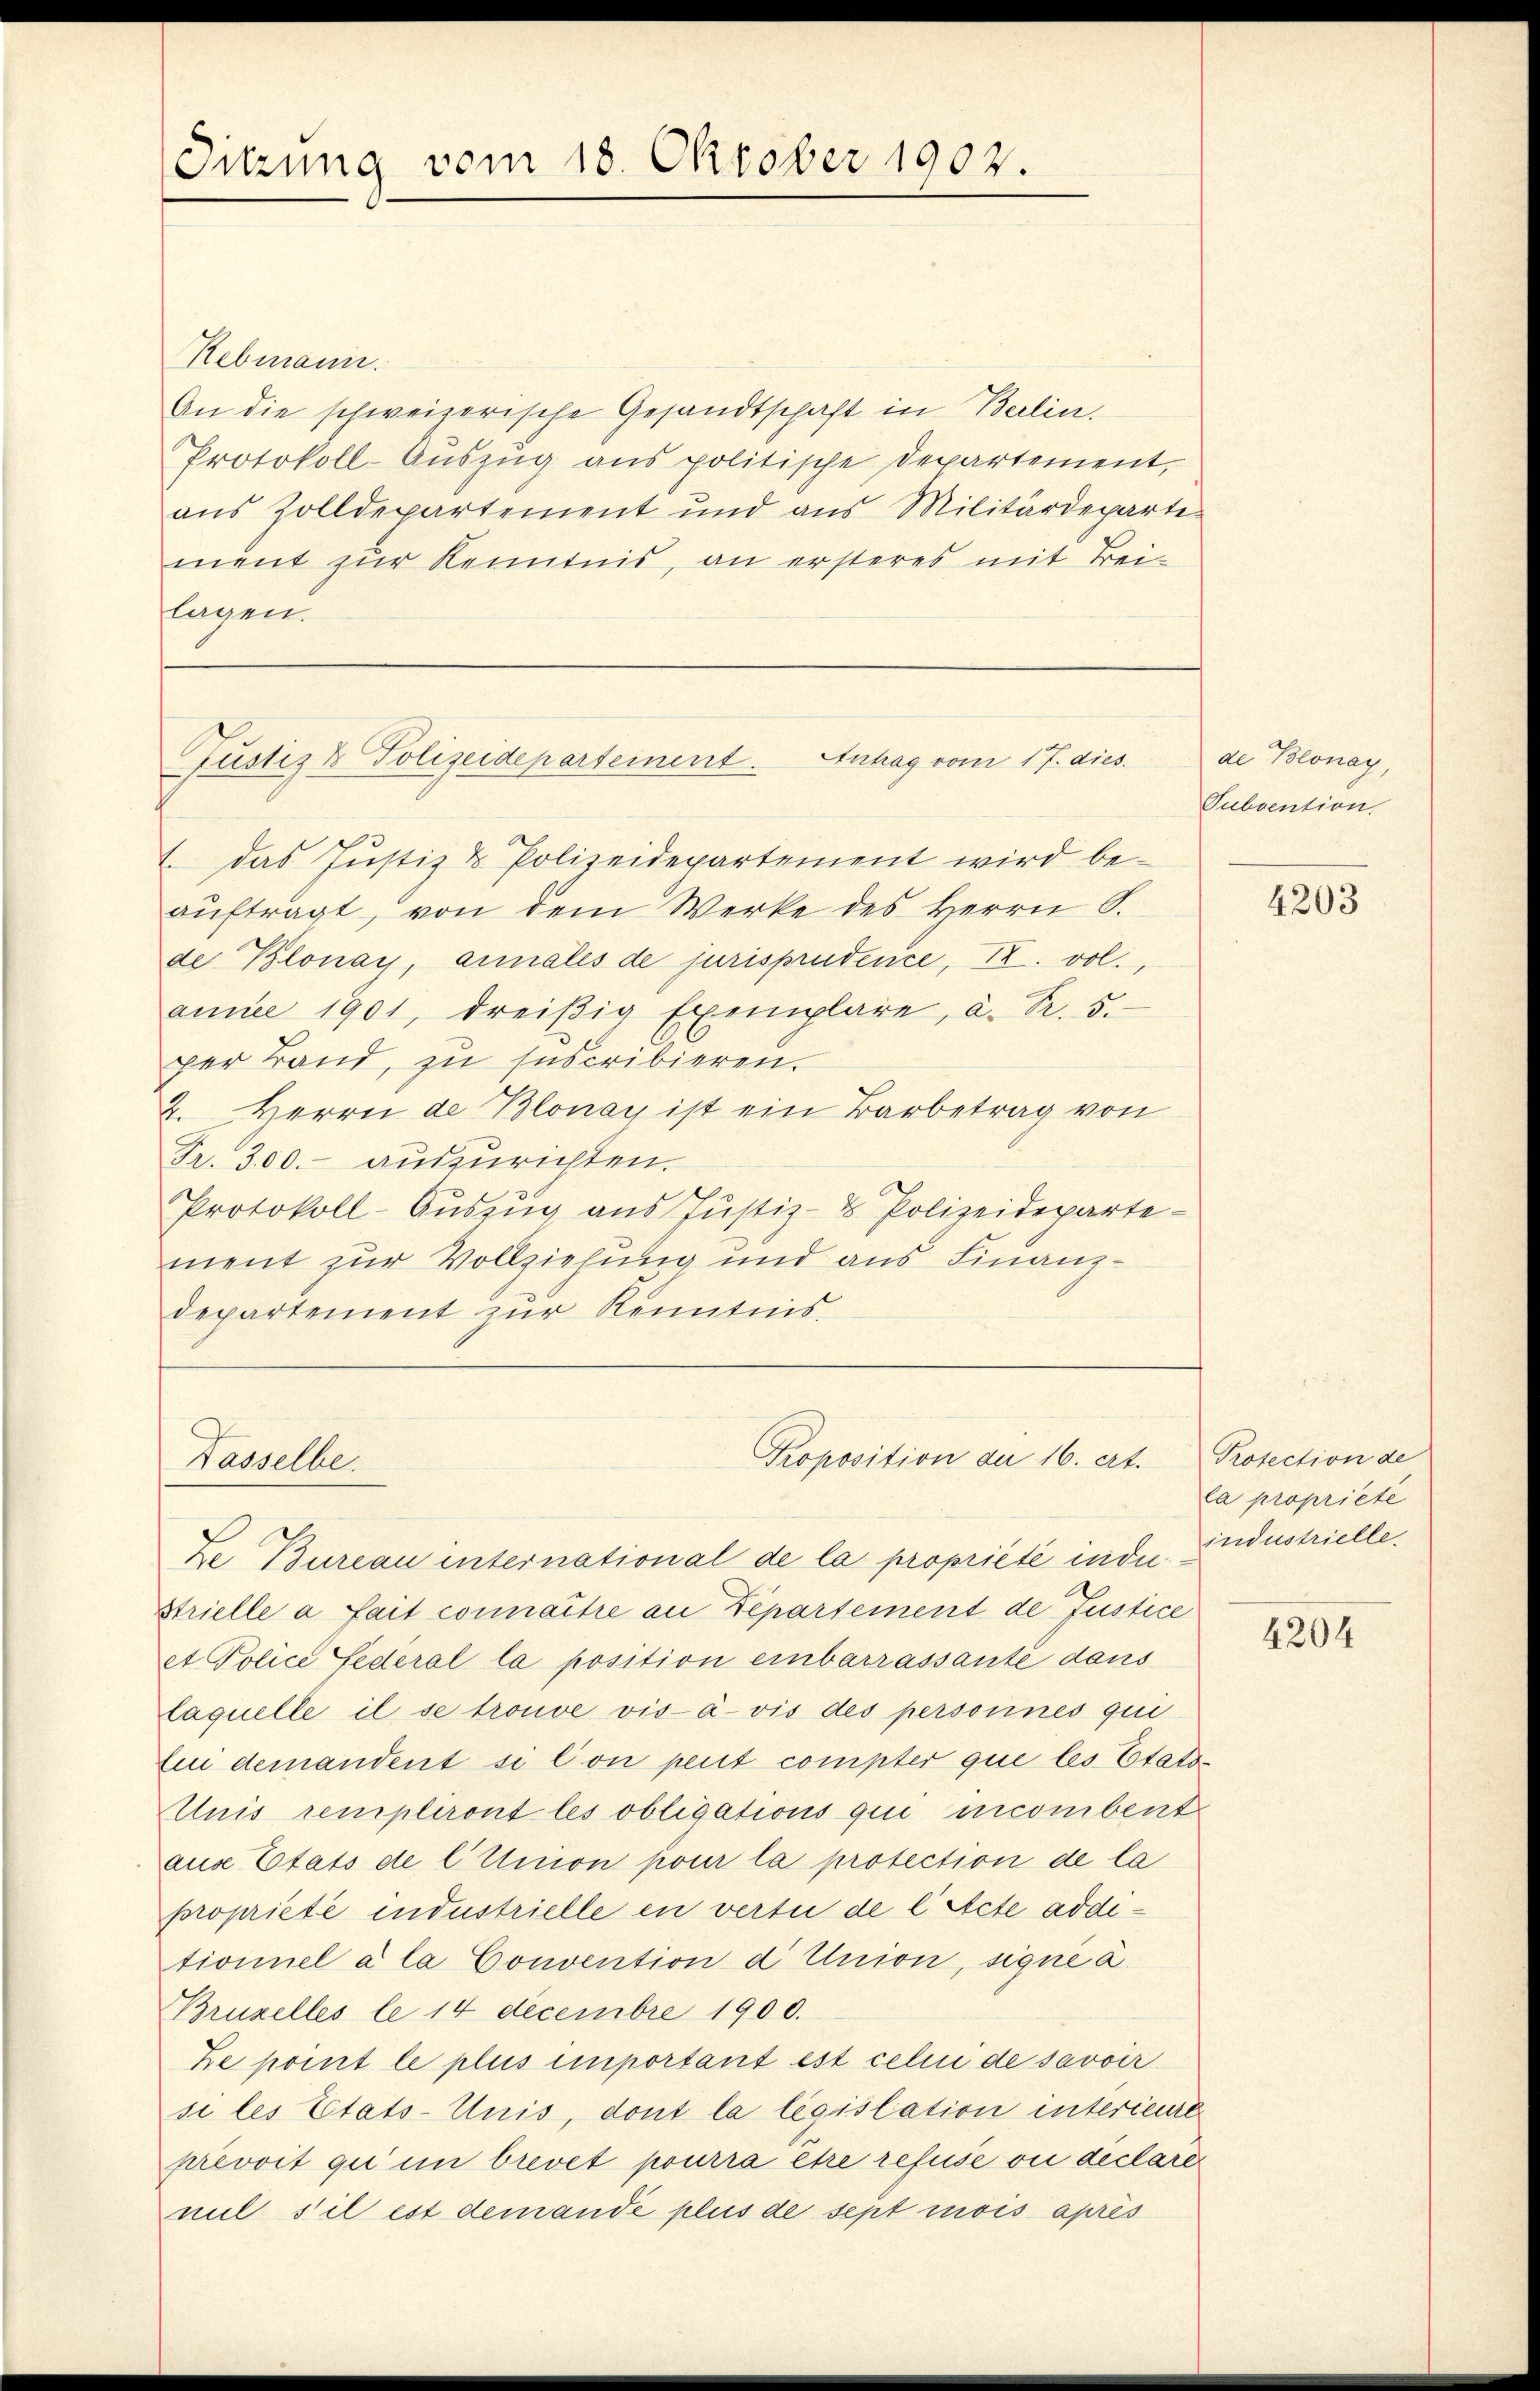
Sitzung vom 18. Oktober 1902.

Rebmann.
An die schweizerische Gesandtschaft in Berlin.
Protokoll-Auszug aus politische Departement,
aus Zolldepartement und aus Militärdeparte-
ment zur Kenntnis, an ersteres mit Bei-
lagen.

Justiz & Polizeidepartement. Anhag vom 17. dies

Tasselbe.

1. das Justiz & Polizeidepartement wird beaŭftragt, von dem Werke des Herrn S.
de Klonay, annales de jurisprudence, II. vol.,
annee 1901, dreißig Exemplare, a. R. 5.
per Band, zu suscribieren.
2. Herrn de Blonay ist ein Barbetrag von
Fr. 300.- auszurichten.
Protokoll-Aŭszŭg ans Justiz- & Polizeideparte-
ment zur Vollziehung und aus Finanzdepartement zur Kenntnis

Proposition du 16. et.

De Bureau international de la propriété in die Industrielle.
Strielle a fait connaître an Departement de Justice
et Police Federal la position einbarrassante dans
laquelle il se trouve vis-à-vis des personnes qui
Eui demandent si con peut compter que les Etats¬
Unis rempliront les obligations qui incombent
aus Etats de l Union pour la protection de la
proprieté industrielle en vertu de lecte additioniel a la Convention d Union, signé à
Bruzelles le 14 Decembre 1900.
Ze point le plus important est celui de savoir
si les Etats-Unis, dont la législation interienre
prevoit qui in brevet pourra être refuse ou declare
mit s’il est demande plus de sept mois après

ae Polonay,
Subvention.

4203

Prosection de
la propriete

4204